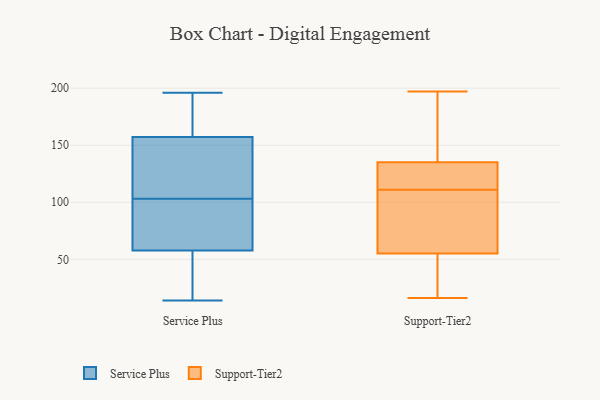
{"axis": {"x": "Budget (USD K)", "y": "Value"}, "legend": ["Service Plus", "Support-Tier2"], "data": [{"x": "", "y": 196, "type": "Service Plus"}, {"x": "", "y": 18, "type": "Service Plus"}, {"x": "", "y": 103, "type": "Service Plus"}, {"x": "", "y": 164, "type": "Service Plus"}, {"x": "", "y": 184, "type": "Service Plus"}, {"x": "", "y": 125, "type": "Service Plus"}, {"x": "", "y": 171, "type": "Service Plus"}, {"x": "", "y": 14, "type": "Service Plus"}, {"x": "", "y": 27, "type": "Service Plus"}, {"x": "", "y": 175, "type": "Service Plus"}, {"x": "", "y": 89, "type": "Service Plus"}, {"x": "", "y": 134, "type": "Service Plus"}, {"x": "", "y": 74, "type": "Service Plus"}, {"x": "", "y": 91, "type": "Service Plus"}, {"x": "", "y": 55, "type": "Service Plus"}, {"x": "", "y": 66, "type": "Service Plus"}, {"x": "", "y": 23, "type": "Service Plus"}, {"x": "", "y": 137, "type": "Service Plus"}, {"x": "", "y": 115, "type": "Service Plus"}, {"x": "", "y": 36, "type": "Support-Tier2"}, {"x": "", "y": 16, "type": "Support-Tier2"}, {"x": "", "y": 136, "type": "Support-Tier2"}, {"x": "", "y": 119, "type": "Support-Tier2"}, {"x": "", "y": 64, "type": "Support-Tier2"}, {"x": "", "y": 37, "type": "Support-Tier2"}, {"x": "", "y": 134, "type": "Support-Tier2"}, {"x": "", "y": 102, "type": "Support-Tier2"}, {"x": "", "y": 130, "type": "Support-Tier2"}, {"x": "", "y": 133, "type": "Support-Tier2"}, {"x": "", "y": 144, "type": "Support-Tier2"}, {"x": "", "y": 103, "type": "Support-Tier2"}, {"x": "", "y": 197, "type": "Support-Tier2"}, {"x": "", "y": 195, "type": "Support-Tier2"}, {"x": "", "y": 84, "type": "Support-Tier2"}, {"x": "", "y": 62, "type": "Support-Tier2"}, {"x": "", "y": 33, "type": "Support-Tier2"}, {"x": "", "y": 192, "type": "Support-Tier2"}, {"x": "", "y": 122, "type": "Support-Tier2"}, {"x": "", "y": 48, "type": "Support-Tier2"}]}